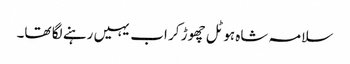
سلامہ شاہ ہوٹل چھوڑ کر اب یہیں رہنے لگا تھا۔